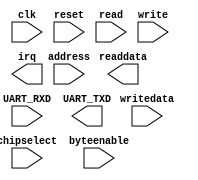

module uart (
	clk,
	reset,
	address,
	chipselect,
	byteenable,
	read,
	write,
	writedata,
	readdata,
	irq,
	UART_RXD,
	UART_TXD);	

	input		clk;
	input		reset;
	input		address;
	input		chipselect;
	input	[3:0]	byteenable;
	input		read;
	input		write;
	input	[31:0]	writedata;
	output	[31:0]	readdata;
	output		irq;
	input		UART_RXD;
	output		UART_TXD;
endmodule